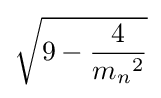
{\sqrt {9-{\frac {4}{{m_{n}}^{2}}}}}